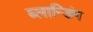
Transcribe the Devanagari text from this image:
ब्लान्डिंग